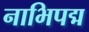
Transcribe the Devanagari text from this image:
नाभिपद्म